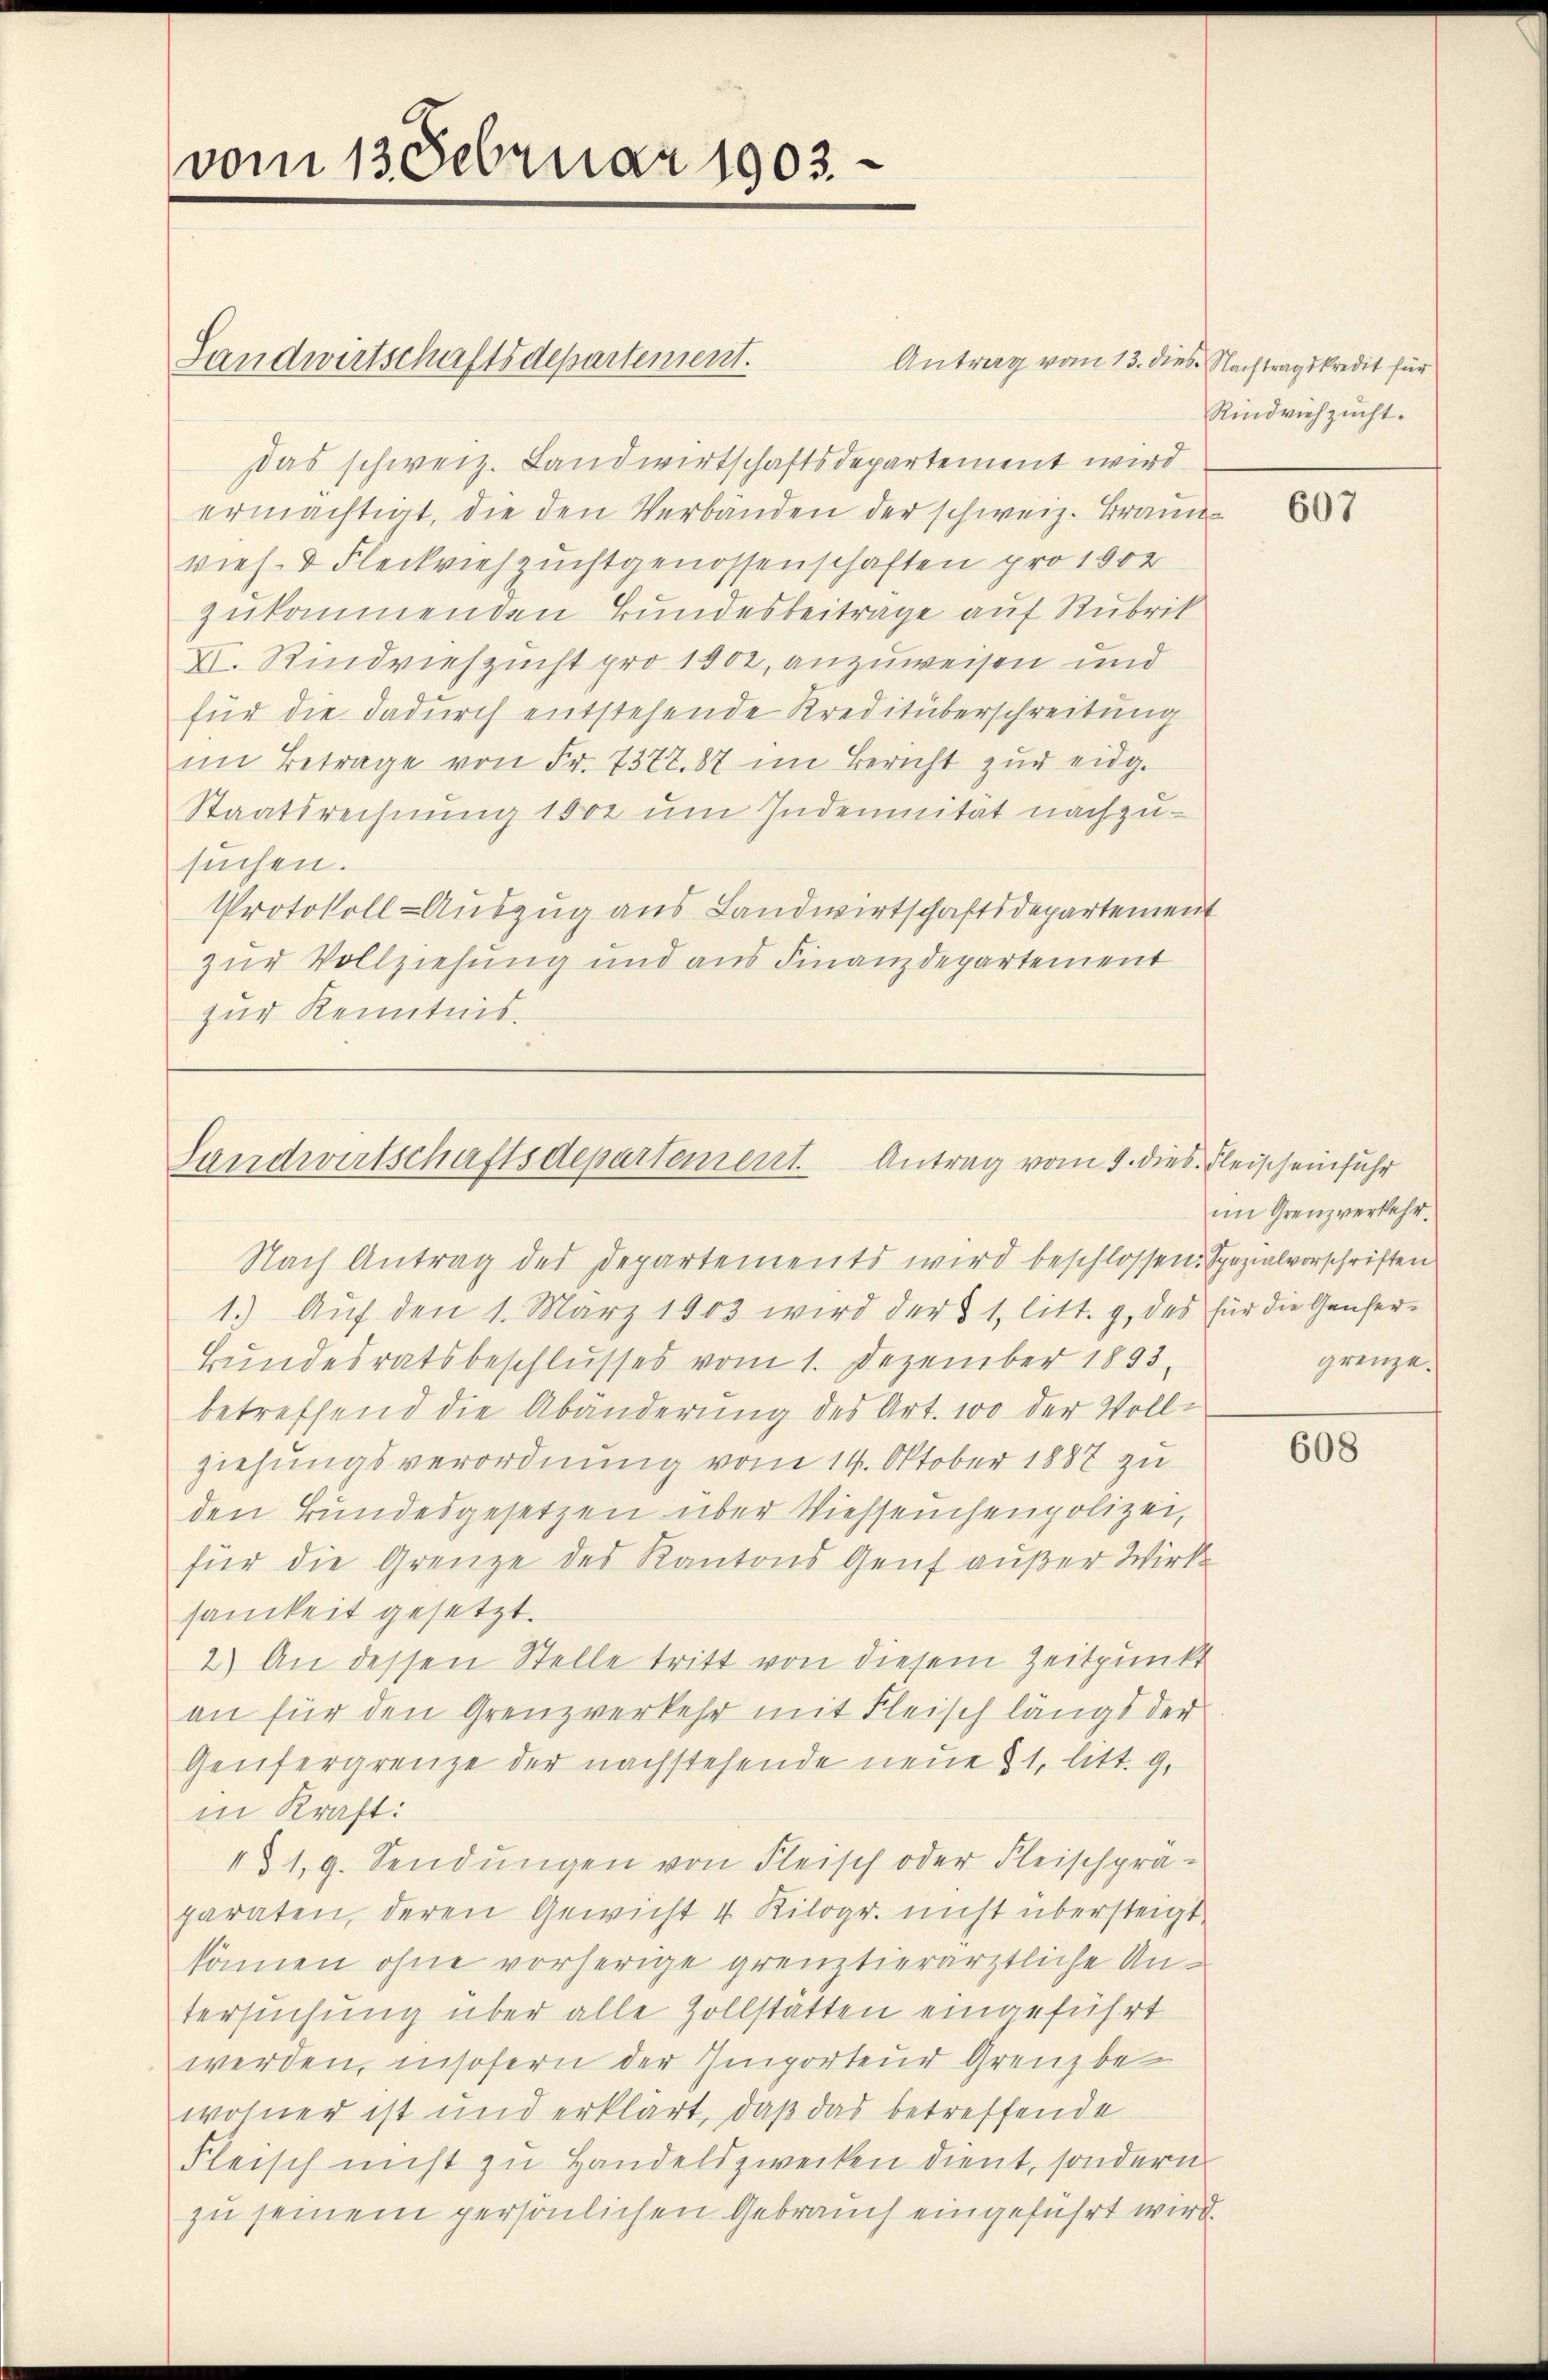
vom 13. Februar 1903.

das schweiz. Landwirtschaftsdepartement wird
ermächtigt, die den Verbänden der schweiz. Braun
vieh- & Fleckviehzuchtgenossenschaften pro 1902
zukommenden Bundesbeiträge auf Rubrik
XI. Kindviehzucht pro 1802, anzuweisen und
für die dadurch entstehende Kreditüberschreitung
im Betrage von Fr. 7377. 87 im Bericht zŭr eidg.
Staatsrechnung 1000 um Indemnität nachzusuchen.
Protokoll-Auszug aus Landwirtschaftsdepartement
zur Vollziehung und aus Finanzdepartement
zur Kenntnis.

Landwirtschaftsdepartement.

Landwirtschaftsdepartement. Antrag vom 5. dies Fleischeinfuhr

Nach Antrag des Departements wird beschlossen. Spezialvorschriften
1.) Auf den 1. März 1903 wird der § 1, litt. g, des für die Genfer-
Bundesratsbeschlusses vom 1. Dezember 1893,
betreffend die Abänderung des Art. 100 der Vollziehungsverordnung vom 14. Oktober 1887 zu
den Bundesgesetzen über Viehseuchenpolizei,
für die Grenze des Kantons Genf außer Wirk
samkeit gesetzt.
2.) An dessen Stelle tritt von diesem Zeitpunkt
an für den Grenzverkehr mit Fleisch längt der
Genfergrenze der nachstehende neue 31, litt. g,
in Kraft:
131, 9. Sendungen von Fleisch oder Fleischprä-
paraten, deren Gewicht 4 Kilogr. nicht übersteigt.
sämen ohne vorherige grenztierärztliche Untersuchung über alle Zollstätten eingeführt
werden, insofern der Importeur Grenz bewohner ist und erklärt, daß das betreffende
Fleisch nicht zu Handelszwecken dient, sondern
zu seinem persönlichen Gebrauch eingeführt wird.

Antrag vom 13. dies. Nachtragskredit für
Rindviehzucht.

607

im Grenzverkehr.
grenze.

608